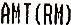
AMT(RM)